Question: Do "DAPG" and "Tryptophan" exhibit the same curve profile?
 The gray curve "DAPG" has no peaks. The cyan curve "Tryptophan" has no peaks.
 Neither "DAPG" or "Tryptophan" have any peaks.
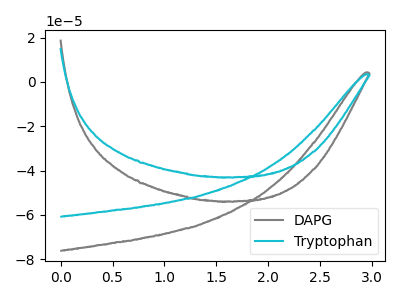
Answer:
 <answer>"DAPG" and "Tryptophan" are similar in shape.</answer>
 <eval>same_shape</eval>